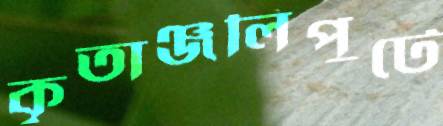
কৃতাঞ্জলিপুটে